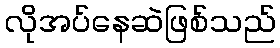
လိုအပ်နေဆဲဖြစ်သည်